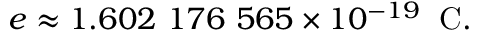
e \approx 1 . 6 0 2 \ 1 7 6 \ 5 6 5 \times 1 0 ^ { - 1 9 } \; \; \mathrm { C } .